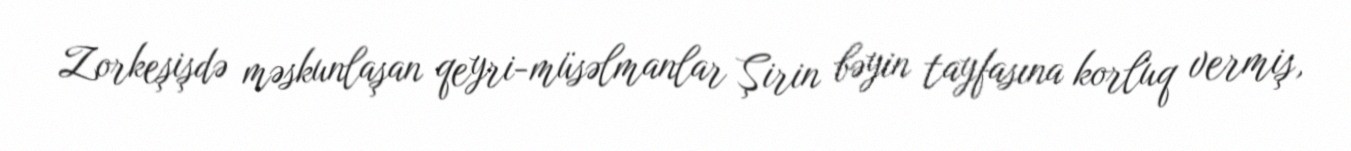
Zorkeşişdə məskunlaşan qeyri-müsəlmanlar Şirin bəyin tayfasına korluq vermiş,